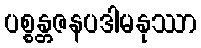
ပစ္စန္တဇနပဒါမနုဿာ